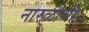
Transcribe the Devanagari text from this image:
नारळीची